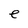
Character: e